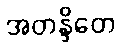
အတန္ဒိတေ